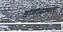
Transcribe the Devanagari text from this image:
डागाळण्याचा